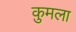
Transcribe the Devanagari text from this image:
कुमला